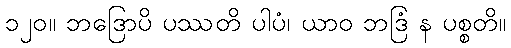
၁၂၀။ ဘဒြောပိ ပဿတိ ပါပံ၊ ယာဝ ဘဒြံ န ပစ္စတိ။